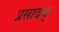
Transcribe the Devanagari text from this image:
प्रसादम्